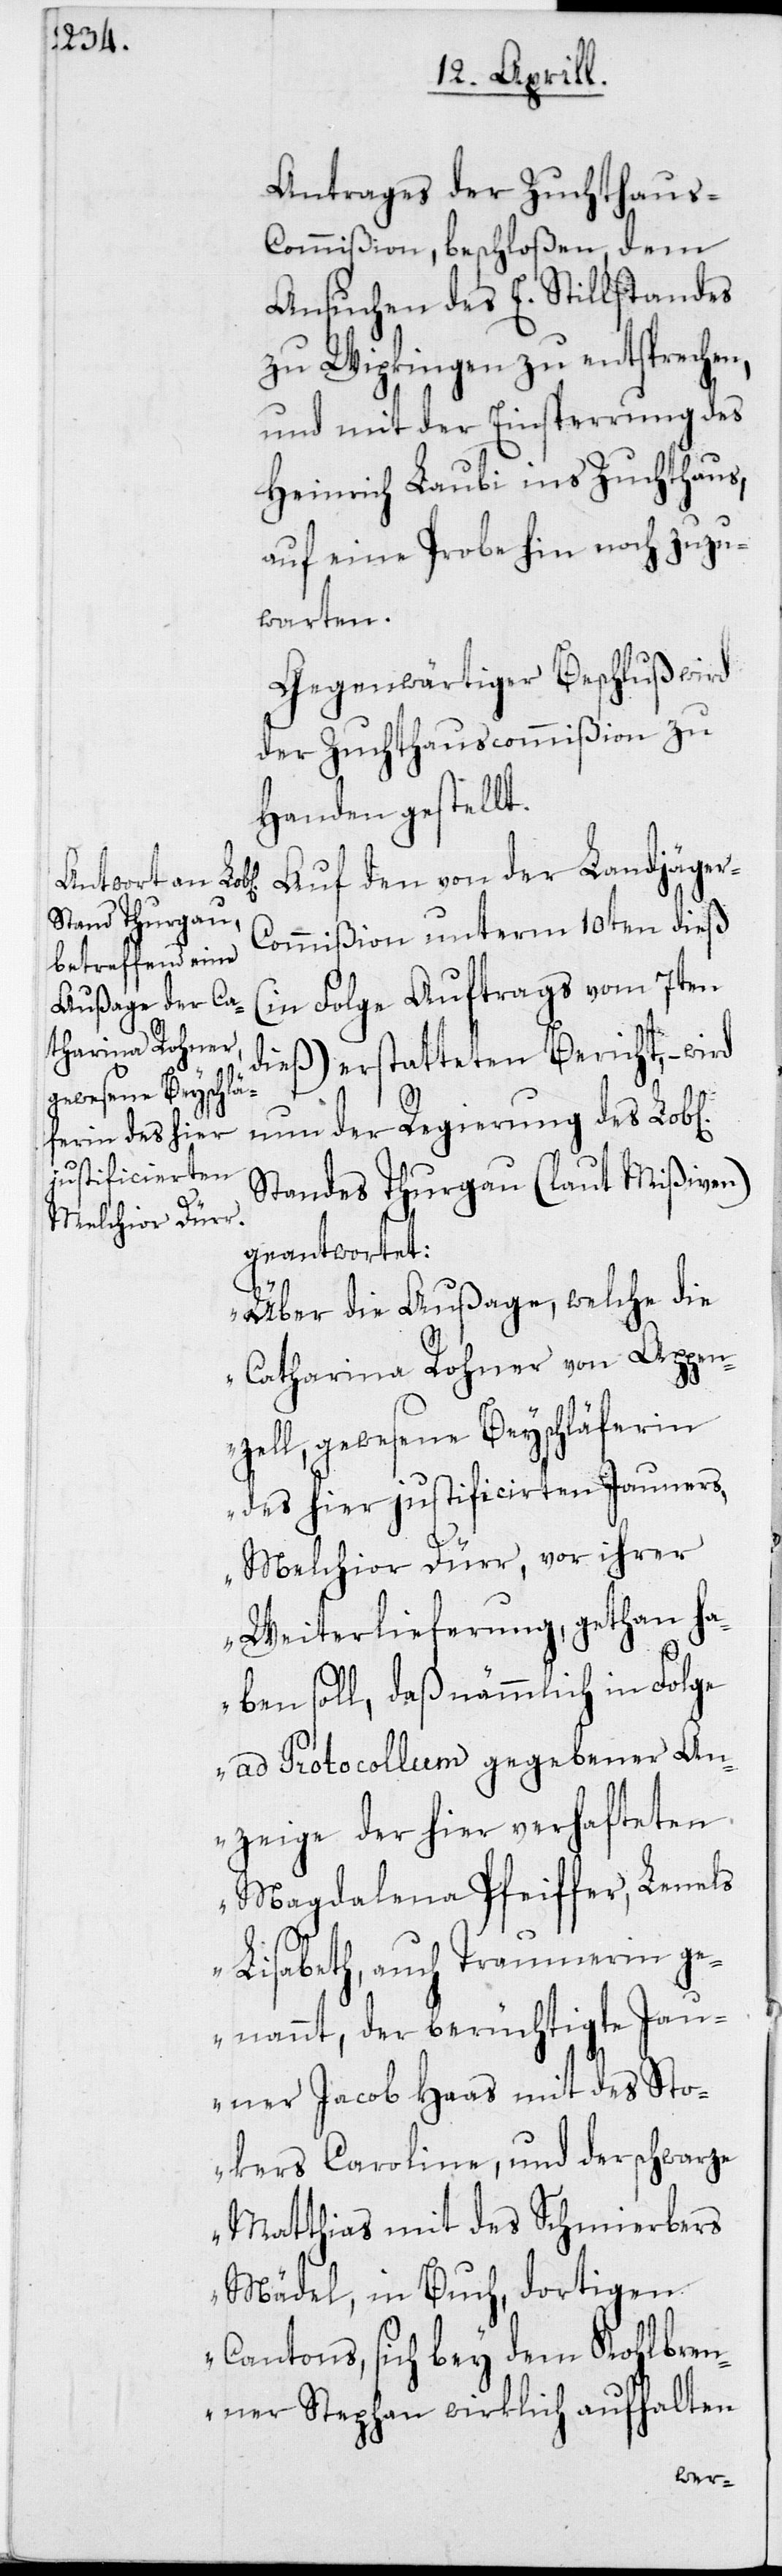
Antrages der Zuchthaus-C¬
ommißion, beschloßen, dem
Ansuchen des E. Stillstandes
zu Wipkingen zu entsprechen,
Heinrich Laubi ins Zuchthaus,
auf eine Probe hin noch zuzu¬
warten.
Gegenwärtiger Beschluß wird
der Zuchthauscommißion zu
Handen gestellt.
Auf den von der Landjäge¬
r-Commißion unterm 10ten dieß
(in Folge Auftrags vom 7ten
dieß) erstatteten Bericht, – wird
nun der Regierung des Lob[l¬
Standes Thurgau (laut Mißiven)
geantwortet:
„Über die Außage, welche die
Catharina Rohner von Appen¬
zell, gewesene Beyschläferin
des hier justificirten Jauners
Melchior Dürr, vor ihrer
Weiterlieferung, gethan ha¬
ben soll, daß nämmlich in Folge
ad Protocollum gegebener An¬
zeige der hier verhafteten
Magdalena Pfeiffer, Lenels
Lisabeth, auch Traumerin ge¬
nannt, der berüchtigte Jau¬
ner Jacob Haas mit des Sto¬
kers Caroline, und der schwarze
Matthias mit des Schmierbers
Mädel, in Buch, dortigen
Cantons, sich bey dem Kohlbr¬
enner Stephan wirklich aufhalten
ichen]